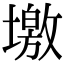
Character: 墽